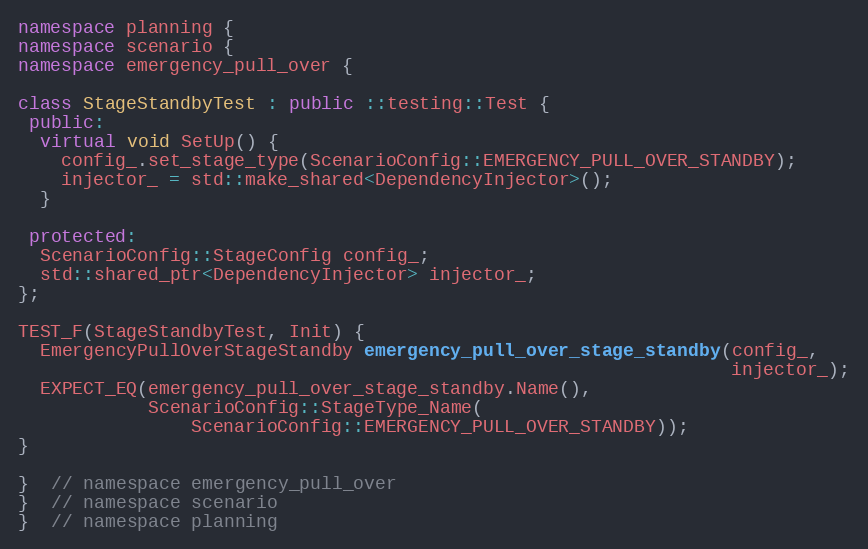
Language: C++
namespace planning {
namespace scenario {
namespace emergency_pull_over {

class StageStandbyTest : public ::testing::Test {
 public:
  virtual void SetUp() {
    config_.set_stage_type(ScenarioConfig::EMERGENCY_PULL_OVER_STANDBY);
    injector_ = std::make_shared<DependencyInjector>();
  }

 protected:
  ScenarioConfig::StageConfig config_;
  std::shared_ptr<DependencyInjector> injector_;
};

TEST_F(StageStandbyTest, Init) {
  EmergencyPullOverStageStandby emergency_pull_over_stage_standby(config_,
                                                                  injector_);
  EXPECT_EQ(emergency_pull_over_stage_standby.Name(),
            ScenarioConfig::StageType_Name(
                ScenarioConfig::EMERGENCY_PULL_OVER_STANDBY));
}

}  // namespace emergency_pull_over
}  // namespace scenario
}  // namespace planning